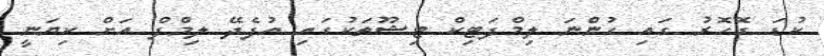
ކުޑަ ގޮހޮރު ގައި ހުންނަ ލިމްފަޓިކް ޓިޝޫތަކުގައި އުފެދޭ ލިމްފް އަށް ކިޔަނީ